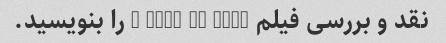
نقد و بررسی فیلم A Star is Born را بنویسید.